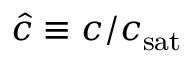
\hat { c } \equiv c / c _ { \mathrm { s a t } }